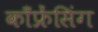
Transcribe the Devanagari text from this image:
काँफ्रेंसिंग